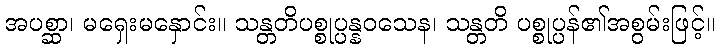
အပစ္ဆာ၊ မရှေးမနှောင်း။ သန္တတိပစ္စုပ္ပန္နဝသေန၊ သန္တတိ ပစ္စုပ္ပန်၏အစွမ်းဖြင့်။